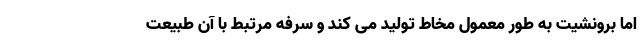
اما برونشیت به طور معمول مخاط تولید می کند و سرفه مرتبط با آن طبیعت